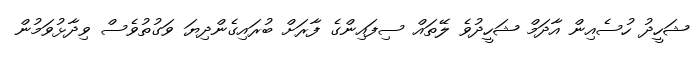
ޝަހީދު ހުސެއިން އާދަމް ޝަހީދުވެ ލޭތައް ސިފައިންގެ ފާރަށް ބުރައިގެންދިޔަ ވަގުތުވެސް ވިދާޅުވަމުން